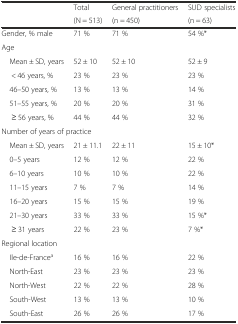
<table><thead><tr><td rowspan="2"></td><td><b>Total</b></td><td><b>General practitioners</b></td><td><b>SUD specialists</b></td></tr><tr><td><b>(N = 513)</b></td><td><b>(n = 450)</b></td><td><b>(n = 63)</b></td></tr></thead><tbody><tr><td>Gender, % male</td><td>71 %</td><td>71 %</td><td>54 %*</td></tr><tr><td colspan="4">Age</td></tr><tr><td> Mean ± SD, years</td><td>52 ± 10</td><td>52 ± 10</td><td>52 ± 9</td></tr><tr><td>&lt; 46 years, %</td><td>23 %</td><td>23 %</td><td>23 %</td></tr><tr><td> 46–50 years, %</td><td>13 %</td><td>13 %</td><td>14 %</td></tr><tr><td> 51–55 years, %</td><td>20 %</td><td>20 %</td><td>31 %</td></tr><tr><td>≥ 56 years, %</td><td>44 %</td><td>44 %</td><td>32 %</td></tr><tr><td colspan="4">Number of years of practice</td></tr><tr><td> Mean ± SD, years</td><td>21 ± 11.1</td><td>22 ± 11</td><td>15 ± 10*</td></tr><tr><td> 0–5 years</td><td>12 %</td><td>12 %</td><td>22 %</td></tr><tr><td> 6–10 years</td><td>10 %</td><td>10 %</td><td>22 %</td></tr><tr><td> 11–15 years</td><td>7 %</td><td>7 %</td><td>14 %</td></tr><tr><td> 16–20 years</td><td>15 %</td><td>15 %</td><td>19 %</td></tr><tr><td> 21–30 years</td><td>33 %</td><td>33 %</td><td>15 %*</td></tr><tr><td>≥ 31 years</td><td>22 %</td><td>23 %</td><td>7 %*</td></tr><tr><td colspan="4">Regional location</td></tr><tr><td> Ile-de-France<sup>a</sup></td><td>16 %</td><td>16 %</td><td>22 %</td></tr><tr><td> North-East</td><td>23 %</td><td>23 %</td><td>23 %</td></tr><tr><td> North-West</td><td>22 %</td><td>22 %</td><td>28 %</td></tr><tr><td> South-West</td><td>13 %</td><td>13 %</td><td>10 %</td></tr><tr><td> South-East</td><td>26 %</td><td>26 %</td><td>17 %</td></tr></tbody></table>